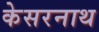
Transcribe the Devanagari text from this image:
केसरनाथ